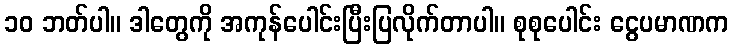
၁၀ ဘတ်ပါ။ ဒါတွေကို အကုန်ပေါင်းပြီးပြလိုက်တာပါ။ စုစုပေါင်း ငွေပမာဏက